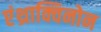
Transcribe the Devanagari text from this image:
एंथ्राक्विनोन